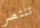
تنتصر